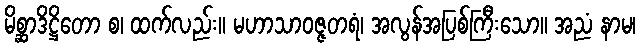
မိစ္ဆာဒိဋ္ဌိတော စ၊ ထက်လည်း။ မဟာသာဝဇ္ဇတရံ၊ အလွန်အပြစ်ကြီးသော။ အညံ နာမ၊